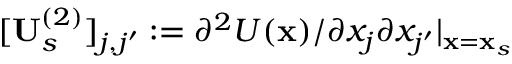
[ \mathbf { U } _ { s } ^ { ( 2 ) } ] _ { j , j ^ { \prime } } : = \partial ^ { 2 } U ( \mathbf { x } ) / \partial x _ { j } \partial x _ { j ^ { \prime } } | _ { \mathbf { x } = \mathbf { x } _ { s } }